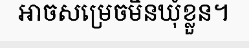
អាចសម្រេចមិនឃុំខ្លួន។